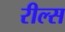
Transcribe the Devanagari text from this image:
रील्स